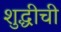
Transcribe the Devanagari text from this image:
शुद्धीची